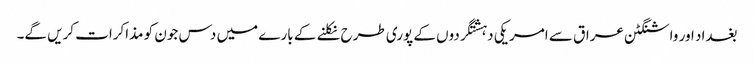
بغداد اور واشنگٹن عراق سے امریکی دہشتگردوں کے پوری طرح نکلنے کے بارے میں دس جون کو مذاکرات کریں گے۔